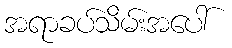
အရာခပ်သိမ်းအပေါ်